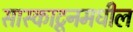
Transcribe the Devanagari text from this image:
सास्काटूनमधील